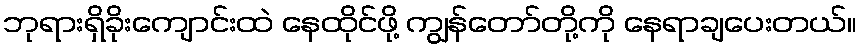
ဘုရားရှိခိုးကျောင်းထဲ နေထိုင်ဖို့ ကျွန်တော်တို့ကို နေရာချပေးတယ်။